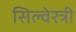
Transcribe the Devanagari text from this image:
सिल्वेस्त्री